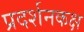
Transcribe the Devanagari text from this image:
प्रदर्शनकक्ष